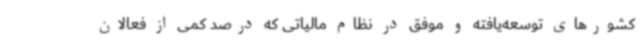
کشورهای توسعه‌یافته و موفق در نظام مالیاتی که درصد کمی از فعالان